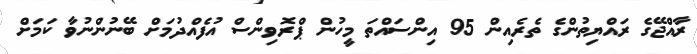
ރާއްޖޭގެ ރައްޔިތުންގެ ތެރެއިން 95 އިންސައްތަ މީހުން ޕްރޮވިންސް އުފެއްދުމަށް ބޭނުންނުވާ ކަމަށް